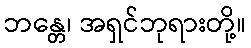
ဘန္တေ၊ အရှင်ဘုရားတို့။